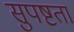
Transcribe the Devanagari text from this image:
सुपष्टता